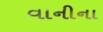
વાનીના